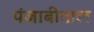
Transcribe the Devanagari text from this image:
पंजाबीताल